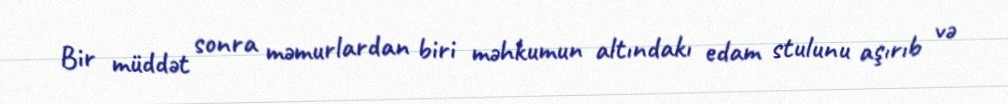
Bir müddət sonra məmurlardan biri məhkumun altındakı edam stulunu aşırıb və